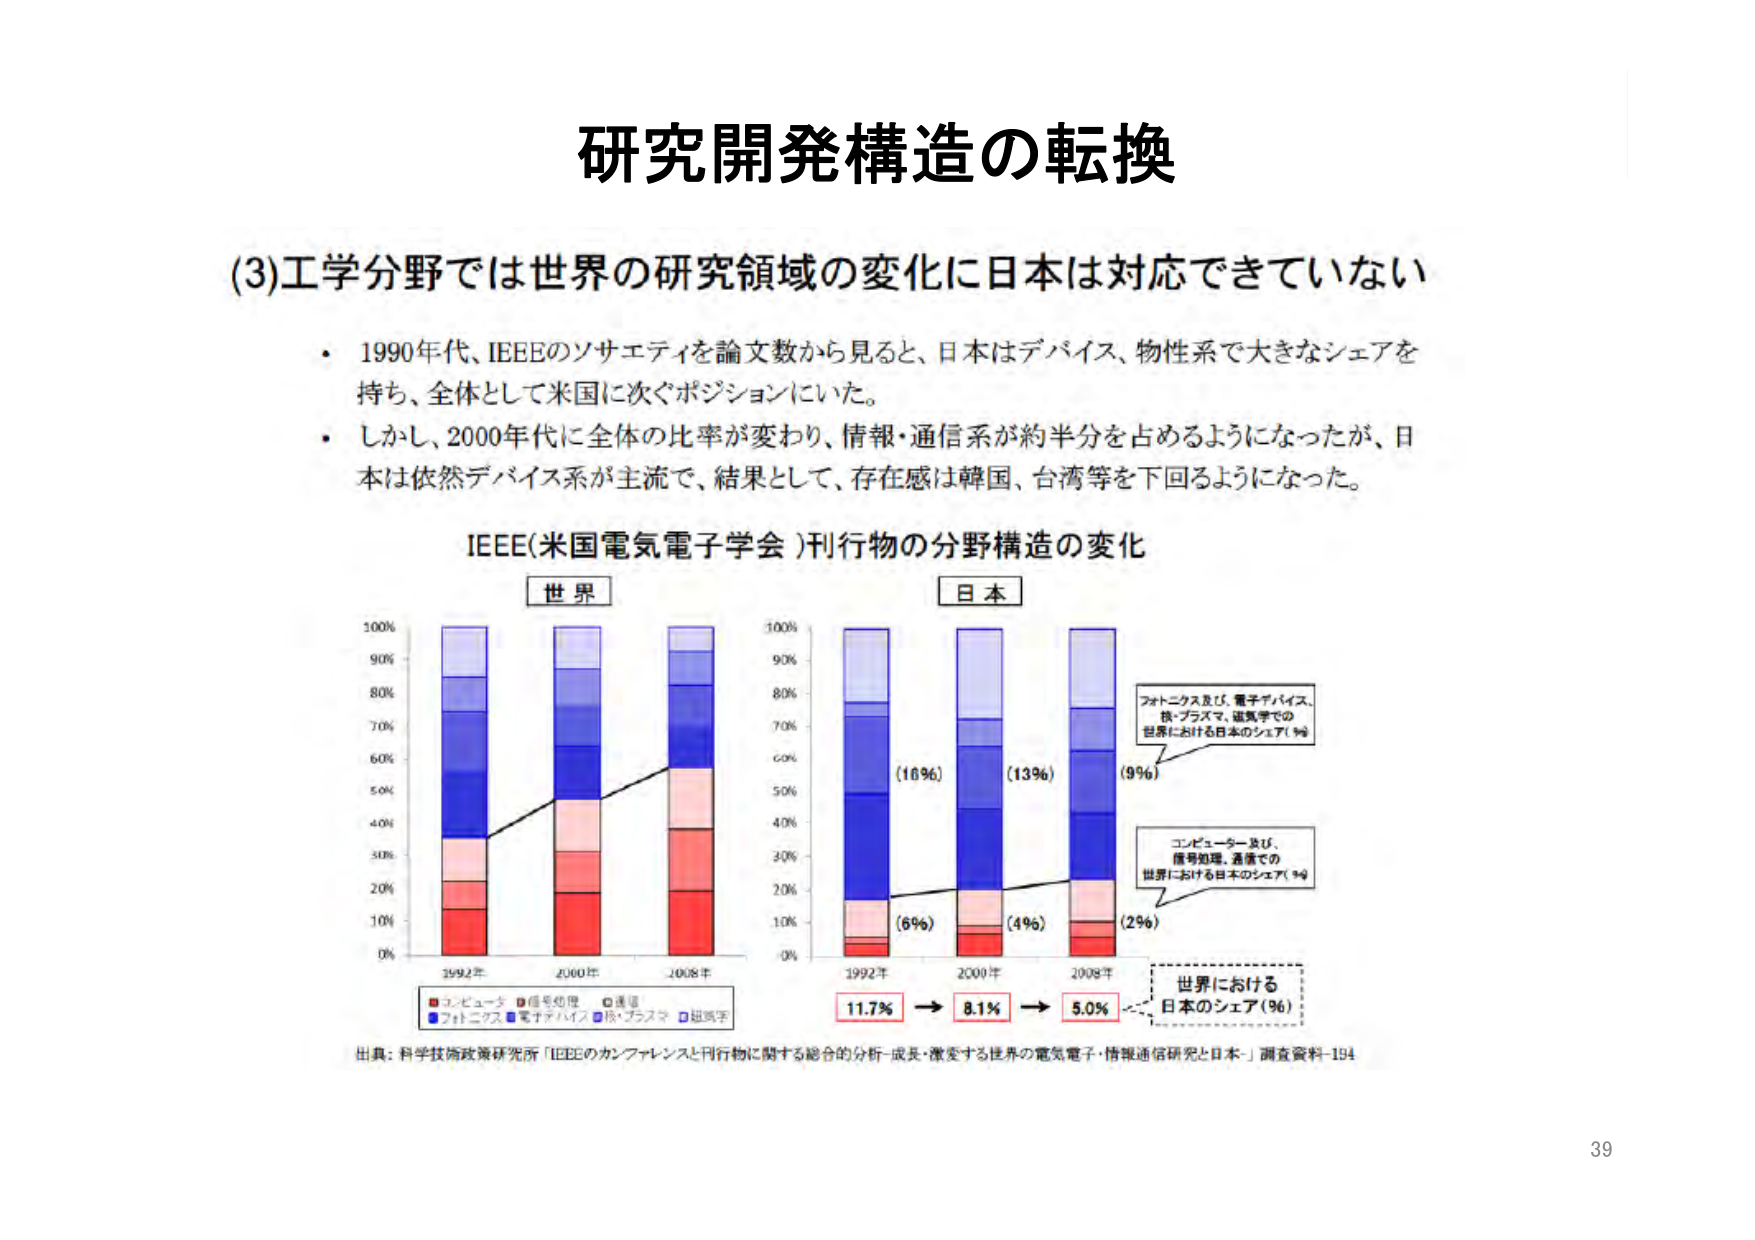
研究開発構造の転換

(3)工学分野では世界の研究領域の変化に日本は対応できていない

・1990年代、IEEEのソサエティを論文数から見ると、日本はデバイス、物性系で大きなシェアを持ち、全体として米国に次ぐポジションにいた。
・しかし、2000年代に全体の比率が変わり、情報・通信系が約半分を占めるようになったが、日本は依然デバイス系が主流で、結果として、存在感は韓国、台湾等を下回るようになった。

IEEE(米国電気電子学会)刊行物の分野構造の変化

世界
日本

100%
90%
80%
70%
60%
50%
40%
30%
20%
10%
0%

100%
90%
80%
70%
60%
50%
40%
30%
20%
10%
0%

1992年
2000年
2008年

1992年
2000年
2008年

(16%)
(13%)
(9%)

(6%)
(4%)
(2%)

11.7% → 8.1% → 5.0%

フォトニクス及び、電子デバイス、
熱・プラズマ、磁気学での
世界における日本のシェア(%)

コンピューター及び、
信号処理、通信での
世界における日本のシェア(%)

世界における
日本のシェア(%)

■コンピュータ ■信号処理 ■通信
■フォトニクス ■電子デバイス ■熱・プラズマ ■磁気学

出典：科学技術政策研究所「IEEEのカンファレンスと刊行物に関する総合的分析-成長・激変する世界の電気電子・情報通信研究と日本」調査資料-194

39